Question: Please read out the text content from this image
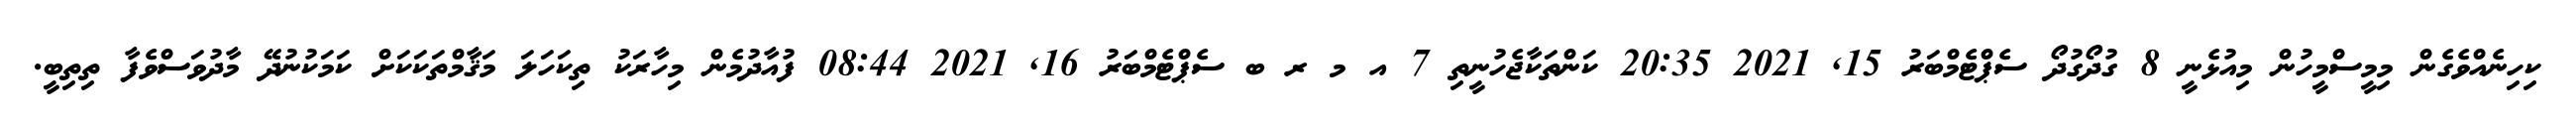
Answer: ކިހިނެއްވެގެން މިމީސްމީހުން މިއުޅެނީ 8 ގުދޯގުދޯ ސެޕްޓެމްބަރު 15, 2021 20:35 ކަންތަކާޖެހުނީތި 7 އ މ ރ ބ ސެޕްޓެމްބަރު 16, 2021 08:44 ފުއާދުމެން މިހާރަކު ތިކަހަލަ މަޤާމްތަކަކަށް ކަމަކުނުދޭ މާދުވަސްވެފާ ތިތިބީ.